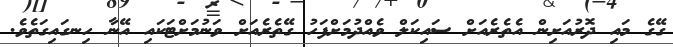
ގޭގެ މައި ދޮރުއަށިން އެތެރެއަށް ސައިކަލް ވެއްދުމަށްފަހު ގޭތެރެއަށް ވަނުމަށްޓަކައި އޭނާ ހިނގައިގަތެވެ.